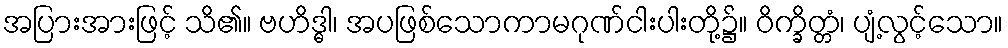
အပြားအားဖြင့် သိ၏။ ဗဟိဒ္ဓါ၊ အပဖြစ်သောကာမဂုဏ်ငါးပါးတို့၌။ ဝိက္ခိတ္တံ၊ ပျံ့လွင့်သော။